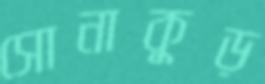
সোনাকুড়